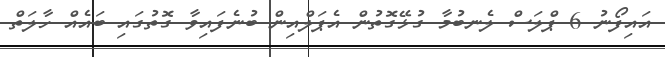
އައިފޯނު 6 ޕްލަސް ލެނބުމާ ގުޅޭގޮތުން އެޕަލްއިން ބުނެފައިވާ ގޮތުގައި ބައެއް ހާލަތް